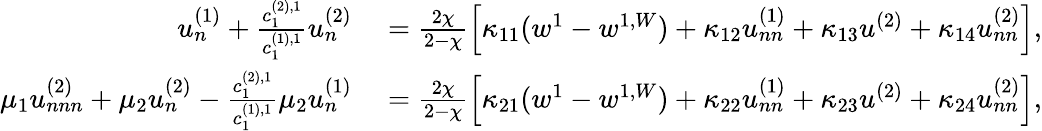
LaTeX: \begin{array}{rl}{u_{n}^{(1)}+\frac{c_{1}^{(2),1}}{c_{1}^{(1),1}}u_{n}^{(2)}}&{{}=\frac{2\chi}{2-\chi}\left[\kappa_{11}(w^{1}-w^{1,W})+\kappa_{12}u_{nn}^{(1)}+\kappa_{13}u^{(2)}+\kappa_{14}u_{nn}^{(2)}\right],}\\ {\mu_{1}u_{nnn}^{(2)}+\mu_{2}u_{n}^{(2)}-\frac{c_{1}^{(2),1}}{c_{1}^{(1),1}}\mu_{2}u_{n}^{(1)}}&{{}=\frac{2\chi}{2-\chi}\left[\kappa_{21}(w^{1}-w^{1,W})+\kappa_{22}u_{nn}^{(1)}+\kappa_{23}u^{(2)}+\kappa_{24}u_{nn}^{(2)}\right],}\end{array}